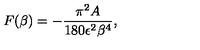
{ } F ( \beta ) = - { \frac { \pi ^ { 2 } A } { 1 8 0 \epsilon ^ { 2 } \beta ^ { 4 } } } ,